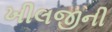
ખીલજીની